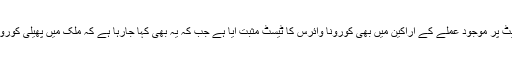
میڈیا میں قیاس آرائیاں کی جارہی ہیں کہ ندا کے مارننگ شو کے سیٹ پر موجود عملے کے اراکین میں بھی کورونا وائرس کا ٹیسٹ مثبت آیا ہے جب کہ یہ بھی کہا جارہا ہے کہ ملک میں پھیلی کورونا وبا اور لاک ڈاؤن کے باوجود مارننگ شو کی شوٹنگ جاری تھی۔